Madras plague regulations in force outside the Presidency town - Volume 3
Disease focus: Plague
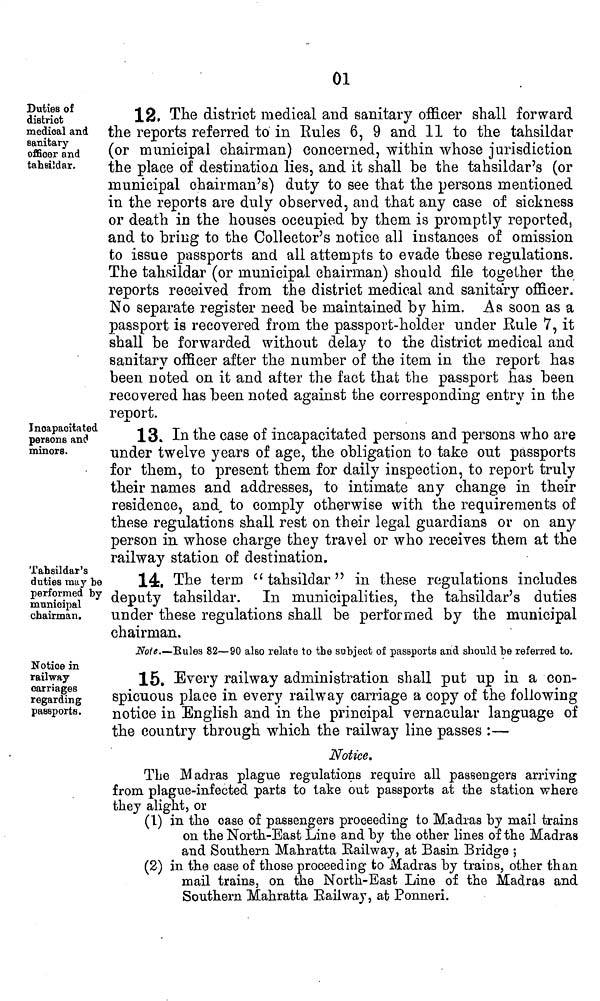
01
Duties of
district
medical and
sanitary
officer and
tahsildar.
12, The district medical and sanitary officer shall forward
the reports referred to in Rules 6, 9 and 11 to the tahsildar
(or municipal chairman) concerned, within whose jurisdiction
the place of destination lies, and it shall be the tahsildar's (or
municipal chairman's) duty to see that the persons mentioned
in the reports are duly observed, and that any case of sickness
or death in the houses occupied by them is promptly reported,
and to bring to the Collector's notice all instances of omission
to issue passports and all attempts to evade these regulations.
The tahfiildar (or municipal chairman) should file together the
reports received from the district medical and sanitary officer.
No separate register need be maintained by him. As soon as a
passport is recovered from the passport-holder under Rule 7, it
shall be forwarded without delay to the district medical and
sanitary officer after the number of the item in the report has
been noted on it and after the fact that the passport has been
recovered has been noted against the corresponding entry in the
report.
Incapacitated
persons and
minors.
13. In the case of incapacitated persons and persons who are
under twelve years of age, the obligation to take out passports
for them, to present them for daily inspection, to report truly
their names and addresses, to intimate any change in their
residence, and, to comply otherwise with the requirements of
these regulations shall rest on their legal guardians or on any
person in whose charge they travel or who receives them at the
railway station of destination.
Tahsildar's
duties may be
performed by
municipal
chairman.
14. The term "tahsildar" in these regulations includes
deputy tahsildar. In municipalities, the tahsildar's duties
under these regulations shall be performed by the municipal
chairman.
Noie.—Rules 82—90 also relate to the subject of passports and should be referred to.
Notice in
railway
carriages
regarding
passports.
15. Every railway administration shall put up in a con-
spicuous place in every railway carriage a copy of the following
notice in English and in the principal vernacular language of
the country through which the railway line passes :—
Notice,
The Madras plague regulations require all passengers arriving
from plague-infected parts to take out passports at the station where
they alight, or
(1) in the case of passengers proceeding to Madras by mail trains
on the North-East Line and by the other lines of the Madras
and Southern Mahratta Railway, at Basin Bridge ;
(2) in the case of those proceeding to Madras by trains, other than
mail trains, on the North-East Line of the Madras and
Southern Mahratta Railway, at Ponneri.